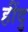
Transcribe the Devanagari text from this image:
हींदु